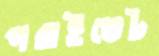
পরাইভেট